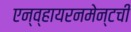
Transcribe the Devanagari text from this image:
एन्व्हायरनमेन्टची